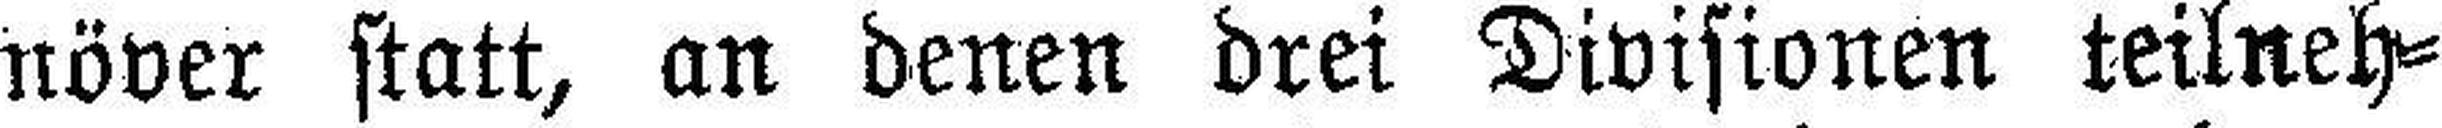
növer statt, an denen drei Divisionen teilneh¬